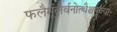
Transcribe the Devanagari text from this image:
फलैर्मूलैर्वनोत्थैश्चपूज्याः